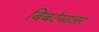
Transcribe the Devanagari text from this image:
बिबटेमांजर